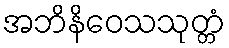
အဘိနိဝေသသုတ္တံ